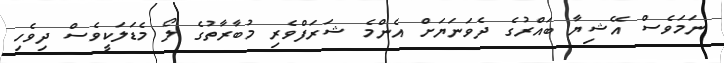
ނަމަވެސް އޭޝިޔާ ބައްރުގެ ދެވަނަޔަށް އެންމެ ޝަރަފްވެރި މުބާރާތުގެ ލޯ މެޑަލަކީވެސް ދިވެހި